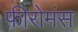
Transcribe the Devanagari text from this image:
फ़ीरोमंस